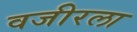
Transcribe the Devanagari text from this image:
वजीरला